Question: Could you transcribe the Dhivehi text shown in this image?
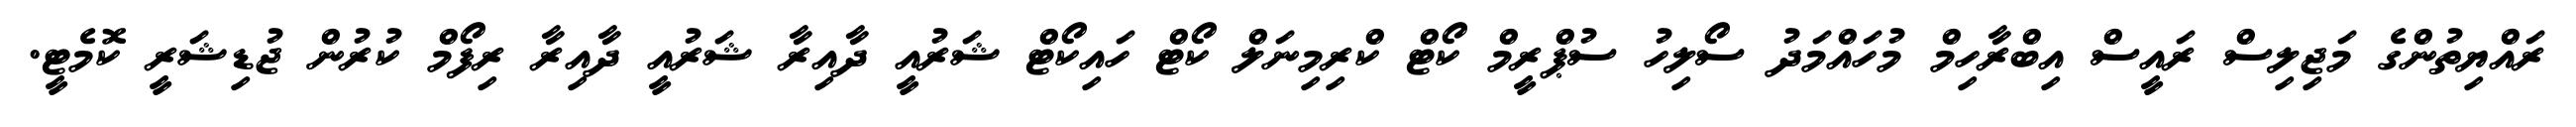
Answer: ރައްޔިތުންގެ މަޖިލިސް ރައީސް އިބްރާހިމް މުހައްމަދު ސޯލިހު ސުޕްރީމް ކޯޓް ކްރިމިނަލް ކޯޓް ހައިކޯޓް ޝަރުއީ ދާއިރާ ޝަރުއީ ދާއިރާ ރިފޯމް ކުރުން ޖުޑިޝަރީ ކޮމެޓީ.